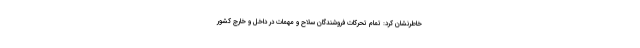
خاطرنشان کرد: تمام تحرکات فروشندگان سلاح و مهمات در داخل و خارج کشور